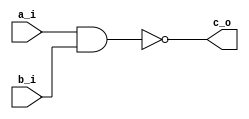
`timescale 1ns / 1ps
//////////////////////////////////////////////////////////////////////////////////
// Company: 
// Engineer: 
// 
// Design Name: 
// Module Name: NandGate
// Project Name: 
// Target Devices: 
// Tool Versions: 
// Description: 
// 
// Dependencies: 
// 
// Revision:
// Revision 0.01 - File Created
// Additional Comments:
// 
//////////////////////////////////////////////////////////////////////////////////


module NandGate#(
    parameter BUS_WIDTH = 1
)(
    input [BUS_WIDTH - 1:0] a_i,
    input [BUS_WIDTH - 1:0] b_i,
    output [BUS_WIDTH - 1:0] c_o
);
    assign c_o = ~(a_i & b_i);
endmodule